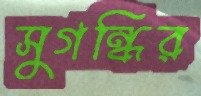
সুগন্ধির